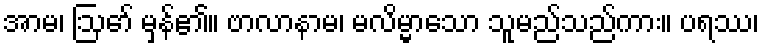
အာမ၊ ဩော် မှန်၏။ ဗာလာနာမ၊ မလိမ္မာသော သူမည်သည်ကား။ ပရဿ၊